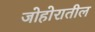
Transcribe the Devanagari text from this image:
जोहोरातील